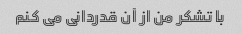
با تشکر من از آن قدردانی می کنم